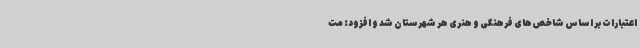
اعتبارات بر اساس شاخص‌های فرهنگی و هنری هر شهرستان شد و افزود: مت